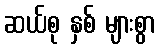
ဆယ်စု နှစ် များစွာ